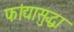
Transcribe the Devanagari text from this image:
फांद्यासुद्धा